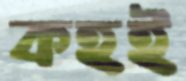
কহই